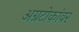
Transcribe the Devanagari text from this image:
अग्रटोकांवर